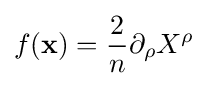
f(\mathbf {x} )={\frac {2}{n}}\partial _{\rho }X^{\rho }